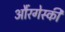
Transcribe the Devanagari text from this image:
औंरगेस्की